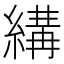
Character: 𦃪